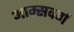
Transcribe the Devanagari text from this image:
आम्सवर्ग